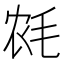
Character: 𱥡